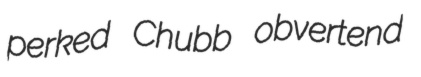
perked Chubb obvertend